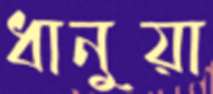
ধানুয়া